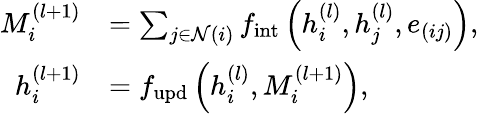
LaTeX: \begin{array}{rl}{M_{i}^{(l+1)}}&{=\sum_{j\in\mathcal{N}(i)}f_{\mathrm{int}}\left(h_{i}^{(l)},h_{j}^{(l)},e_{(ij)}\right),}\\ {h_{i}^{(l+1)}}&{=f_{\mathrm{upd}}\left(h_{i}^{(l)},M_{i}^{(l+1)}\right),}\end{array}